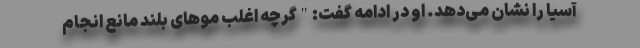
آسیا را نشان می‌دهد. او در ادامه گفت:"گرچه اغلب موهای بلند مانع انجام